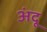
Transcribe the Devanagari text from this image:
अंदू